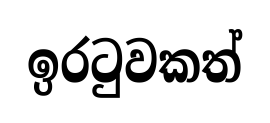
ඉරටුවකත්